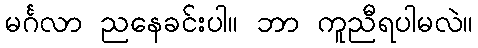
မင်္ဂလာ ညနေခင်းပါ။ ဘာ ကူညီရပါမလဲ။